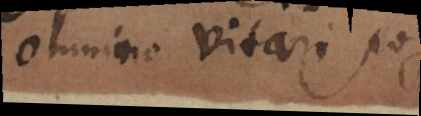
omnino vitari posse.